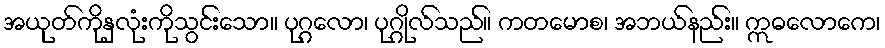
အယုတ်ကိုနှလုံးကိုသွင်းသော။ ပုဂ္ဂလော၊ ပုဂ္ဂိုလ်သည်။ ကတမောစ၊ အဘယ်နည်း။ ဣဓလောကေ၊